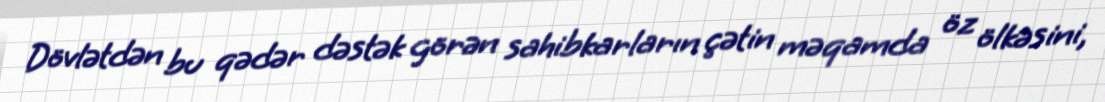
Dövlətdən bu qədər dəstək görən sahibkarların çətin məqamda öz ölkəsini,